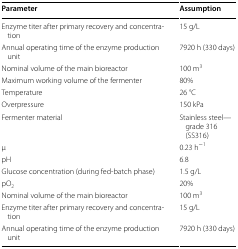
<table><thead><tr><td><b>Parameter</b></td><td><b>Assumption</b></td></tr></thead><tbody><tr><td>Enzyme titer after primary recovery and concentration</td><td>15 g/L</td></tr><tr><td>Annual operating time of the enzyme production unit</td><td>7920 h (330 days)</td></tr><tr><td>Nominal volume of the main bioreactor</td><td>100 m<sup>3</sup></td></tr><tr><td>Maximum working volume of the fermenter</td><td>80%</td></tr><tr><td>Temperature</td><td>26 °C</td></tr><tr><td>Overpressure</td><td>150 kPa</td></tr><tr><td>Fermenter material</td><td>Stainless steel—grade 316 (SS316)</td></tr><tr><td>μ</td><td>0.23 h<sup>−1</sup></td></tr><tr><td>pH</td><td>6.8</td></tr><tr><td>Glucose concentration (during fed-batch phase)</td><td>1.5 g/L</td></tr><tr><td>pO<sub>2</sub></td><td>20%</td></tr><tr><td>Nominal volume of the main bioreactor</td><td>100 m<sup>3</sup></td></tr><tr><td>Enzyme titer after primary recovery and concentration</td><td>15 g/L</td></tr><tr><td>Annual operating time of the enzyme production unit</td><td>7920 h (330 days)</td></tr></tbody></table>